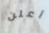
أعلن